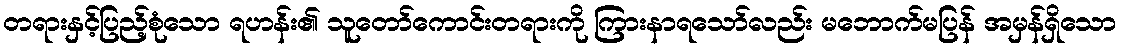
တရားနှင့်ပြည့်စုံသော ရဟန်း၏ သူတော်ကောင်းတရားကို ကြားနာရသော်လည်း မဘောက်မပြန် အမှန်ရှိသော